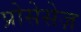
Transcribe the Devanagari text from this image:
प्रोसेसेज़